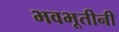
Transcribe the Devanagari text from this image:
भवभूतीनी